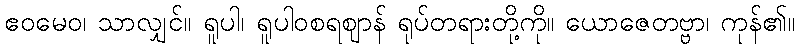
ဧဝမေဝ၊ သာလျှင်။ ရူပါ၊ ရူပါဝစရဈာန် ရုပ်တရားတို့ကို။ ယောဇေတဗ္ဗာ၊ ကုန်၏။